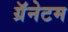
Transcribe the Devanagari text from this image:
ग्रॅनेटम